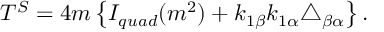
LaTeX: T ^ { S } = 4 m \left\{ I _ { q u a d } ( m ^ { 2 } ) + k _ { 1 \beta } k _ { 1 \alpha } \triangle _ { \beta \alpha } \right\} .